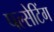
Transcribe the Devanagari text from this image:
पल्सेटिंग